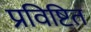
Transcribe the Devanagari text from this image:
प्रविष्टित